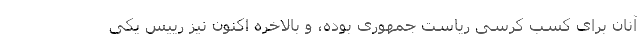
آنان برای کسب کرسی ریاست جمهوری بوده، و بالاخره اکنون نیز رییس یکی